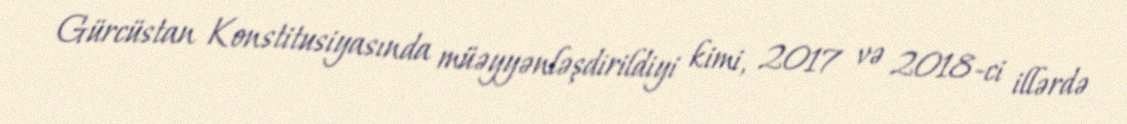
Gürcüstan Konstitusiyasında müəyyənləşdirildiyi kimi, 2017 və 2018-ci illərdə